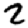
Digit: 2